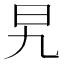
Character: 旯